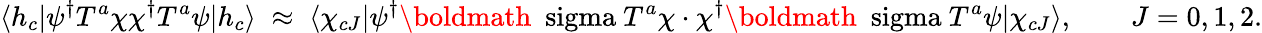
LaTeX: \langle h_{c}|\psi^{\dagger}T^{a}\chi\chi^{\dagger}T^{a}\psi|h_{c}\rangle\; \approx\; \langle\chi_{cJ}|\psi^{\dagger}\mathrm{\boldmath~\ sigma~}T^{a}\chi\cdot\chi^{\dagger}\mathrm{\boldmath~\ sigma~}T^{a}\psi|\chi_{cJ}\rangle,\qquad J=0,1,2.